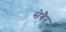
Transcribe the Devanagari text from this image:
सेबैर